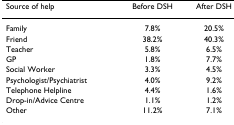
<table><thead><tr><td><b>Source of help</b></td><td><b>Before DSH</b></td><td><b>After DSH</b></td></tr></thead><tbody><tr><td>Family</td><td>7.8%</td><td>20.5%</td></tr><tr><td>Friend</td><td>38.2%</td><td>40.3%</td></tr><tr><td>Teacher</td><td>5.8%</td><td>6.5%</td></tr><tr><td>GP</td><td>1.8%</td><td>7.7%</td></tr><tr><td>Social Worker</td><td>3.3%</td><td>4.5%</td></tr><tr><td>Psychologist/Psychiatrist</td><td>4.0%</td><td>9.2%</td></tr><tr><td>Telephone Helpline</td><td>4.4%</td><td>1.6%</td></tr><tr><td>Drop-in/Advice Centre</td><td>1.1%</td><td>1.2%</td></tr><tr><td>Other</td><td>11.2%</td><td>7.1%</td></tr></tbody></table>